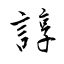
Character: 諄